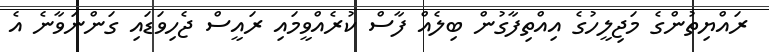
ރައްޔިތުންގެ މަޖިލީހުގެ އިއްތިފާގުން ބިލެއް ފާސް ކުރެއްވީމައި ރައީސް ޖެހިވަޑައި ގަންނަވާނެ އެ